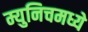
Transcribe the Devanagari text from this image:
म्युनिचमध्ये